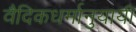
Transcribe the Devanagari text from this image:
वैदिकधर्मानुयायी